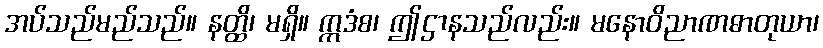
အပ်သည်မည်သည်။ နတ္ထိ၊ မရှိ။ ဣဒံစ၊ ဤဌာနသည်လည်း။ မနောဝိညာဏဓာတုယာ၊